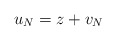
\begin{align*} u_N = z + v_N\end{align*}